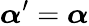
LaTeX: {\boldsymbol{\alpha}}^{\prime}={\boldsymbol{\alpha}}